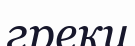
греки